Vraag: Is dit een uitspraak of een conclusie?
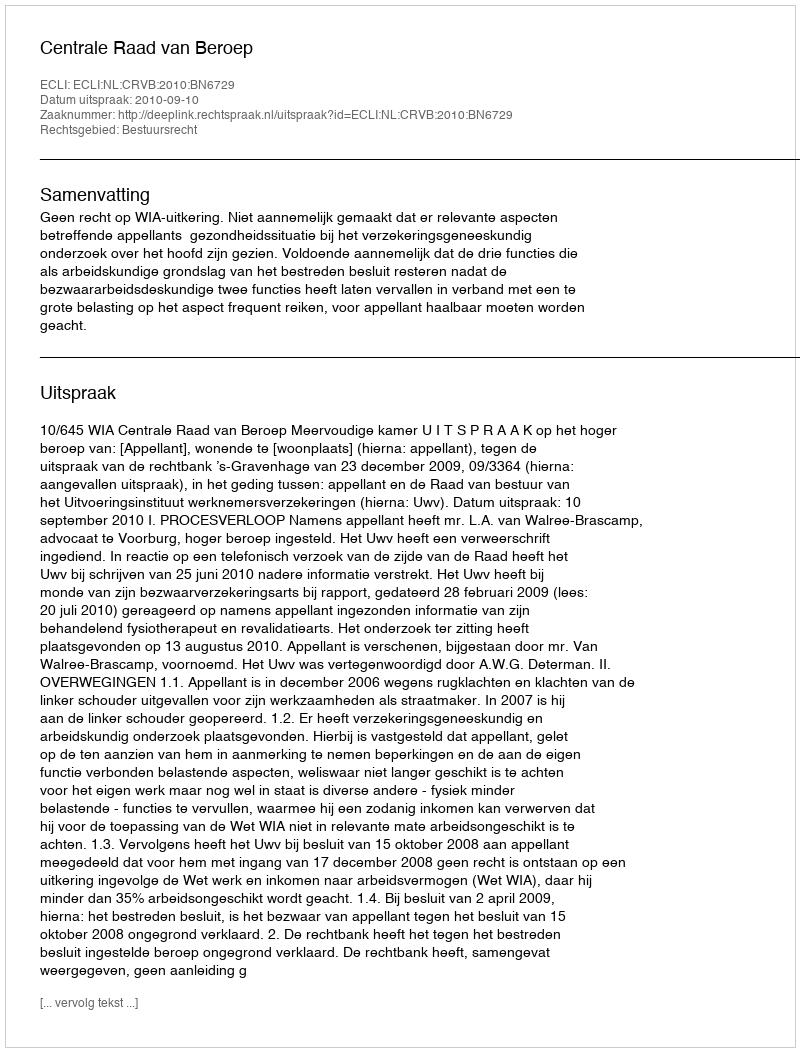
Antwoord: Uitspraak